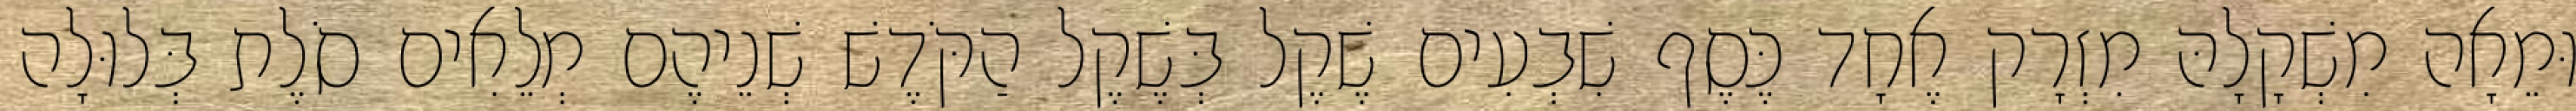
וּמֵאָה מִשְׁקָלָהּ מִזְרָק אֶחָד כֶּסֶף שִׁבְעִים שֶׁקֶל בְּשֶׁקֶל הַקֹּדֶשׁ שְׁנֵיהֶם מְלֵאִים סֹלֶת בְּלוּלָה